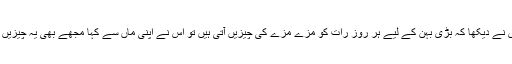
ایک دن اس نے دیکھا کہ بڑی بہن کے لیے ہر روز رات کو مزے مزے کی چیزیں آتی ہیں تو اُس نے اپنی ماں سے کہا مجھے بھی یہ چیزیں کھانی ہیں۔